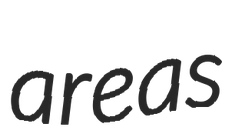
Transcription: areas